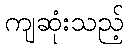
ကျဆုံးသည့်